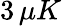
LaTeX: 3\, \mu K